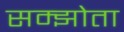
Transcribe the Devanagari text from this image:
सम्झोता